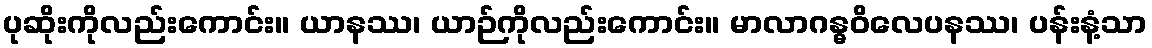
ပုဆိုးကိုလည်းကောင်း။ ယာနဿ၊ ယာဉ်ကိုလည်းကောင်း။ မာလာဂန္ဓဝိလေပနဿ၊ ပန်းနံ့သာ